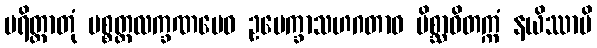
ပရိတ္တာတုံ ပစ္စတ္တလက္ခဏမေဝ ဥပေက္ခာသဟဂတာဝ မိစ္ဆာဝိတက္ကံ နယိဿာမိ